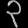
Digit: ၃